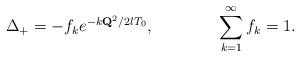
LaTeX: \begin{align*}\Delta_{+}=-f_ke^{-k{\bf Q}^2/2lT_0},\qquad\qquad\sum_{k=1}^\infty f_k=1.\end{align*}